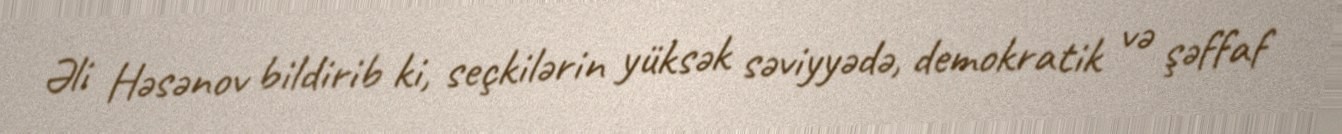
Əli Həsənov bildirib ki, seçkilərin yüksək səviyyədə, demokratik və şəffaf